Vaccination in the Punjab 1897-1904 - 1897-1904
Year: 1897
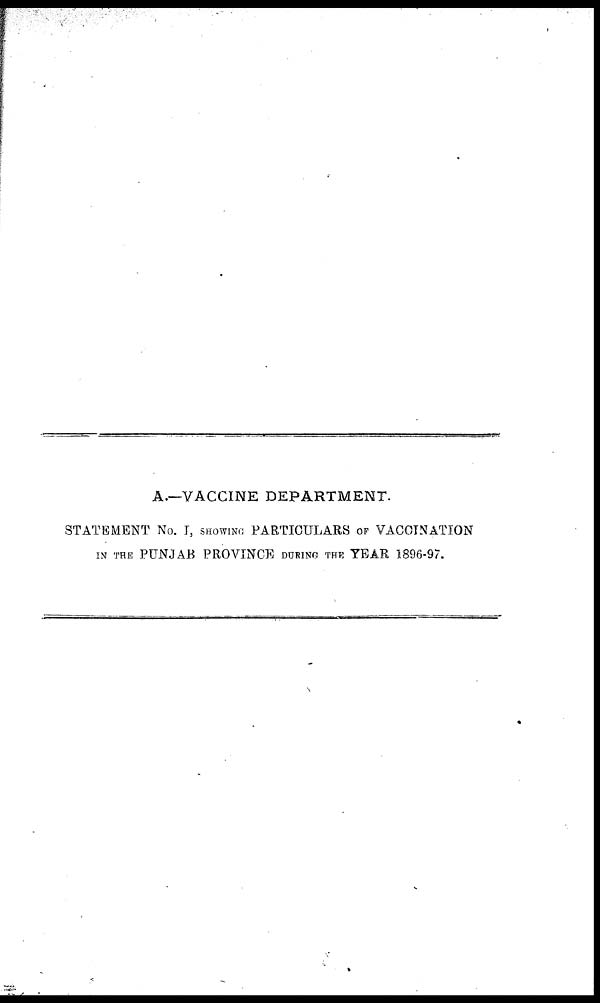
A.—VACCINE DEPARTMENT.
STATEMENT No. I, SHOWI NG PARTICULARS OF VACCINATION
IN THE PUNJAB PROVINCE DURING THE YEAR 1896-97.